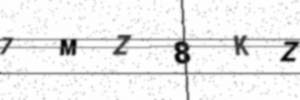
Text: 7MZ8KZ